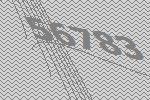
56783